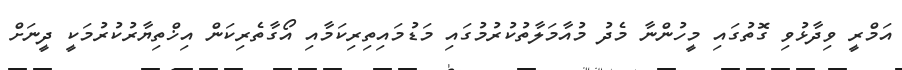
އަމްރީ ވިދާޅުވި ގޮތުގައި މީހުންނާ މެދު މުއާމަލާތުކުރުމުގައި މަޑުމައިތިރިކަމާއި އޯގާތެރިކަން އިޚްތިޔާރުކުރުމަކީ ދީނަށް